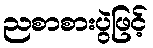
ညစာစားပွဲဖြင့်